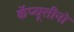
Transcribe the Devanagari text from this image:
कॅप्यूसीनो